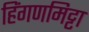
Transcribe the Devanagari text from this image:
हिंगणमिट्टा